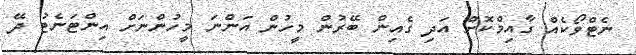
ނެޓްވޯކެއް ގާއިމްކޮށް އަދި ގެއިން ބޭރުން މީހުން އަންނަ މީހުންނަށް އިންޓަނެޓު ދޭ